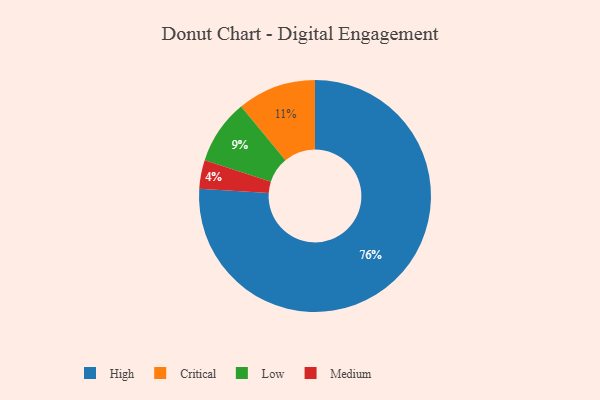
{"axis": {"x": "Category", "y": "Percentage"}, "legend": ["Critical", "High", "Low", "Medium"], "data": [{"x": "Critical", "y": 11, "type": "Critical"}, {"x": "Low", "y": 9, "type": "Low"}, {"x": "Medium", "y": 4, "type": "Medium"}, {"x": "High", "y": 76, "type": "High"}]}